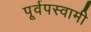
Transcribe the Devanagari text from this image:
पूर्वपस्वामी